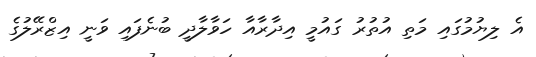
އެ ލިޔުމުގައި މަތި އުތުރު ގައުމީ އިދާރާއާ ހަވާލާދީ ބުނެފައި ވަނީ އިޒްރޭލުގެ